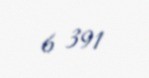
6 391